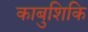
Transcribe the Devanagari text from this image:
काबुशिकि